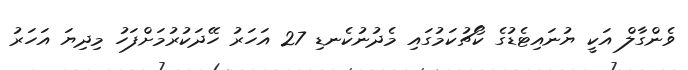
ވެންގާލް އަކީ ޔުނައިޓެޑުގެ ކޯޗުކަމުގައި މެދުނުކެނޑި 27 އަހަރު ހޭދަކުރުމަށްފަހު މިދިޔަ އަހަރު